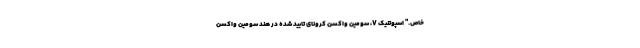
خاص." اسپوتنیک V، سومین واکسن کرونای تایید شده در هند سومین واکسن